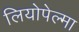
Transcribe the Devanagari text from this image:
लियोपेल्मा